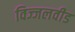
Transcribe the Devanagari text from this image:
विज्जलवीड